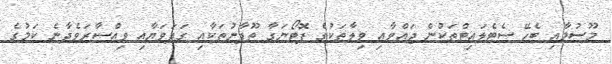
މޫސުމާއި ބެހޭ ސެޓެލައިޓްތަކުން ޖައްވާއި ވިލާތަކުގެ ފޮޓޯނަގާ ތޫފާނުތަކާއި ގަދަވަޔާއި ވިއްސާރަވެދާނެ ކަމުގެ